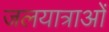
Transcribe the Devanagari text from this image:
जलयात्राओं